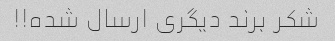
شکر برند دیگری ارسال شده!!